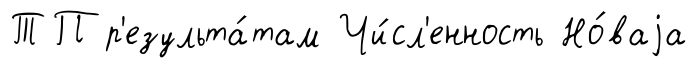
ТП р'езульта́там Чи́сл'енность Но́ваjа